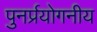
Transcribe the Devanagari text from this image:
पुनर्प्रयोगनीय